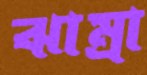
ঝাম্‌রা